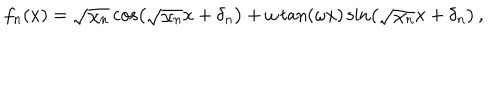
f _ { n } ( x ) = \sqrt { \chi _ { n } } \cos \left( \sqrt { \chi _ { n } } x + \delta _ { n } \right) + \omega \tan ( \omega x ) \sin \left( \sqrt { \chi _ { n } } x + \delta _ { n } \right) \, ,